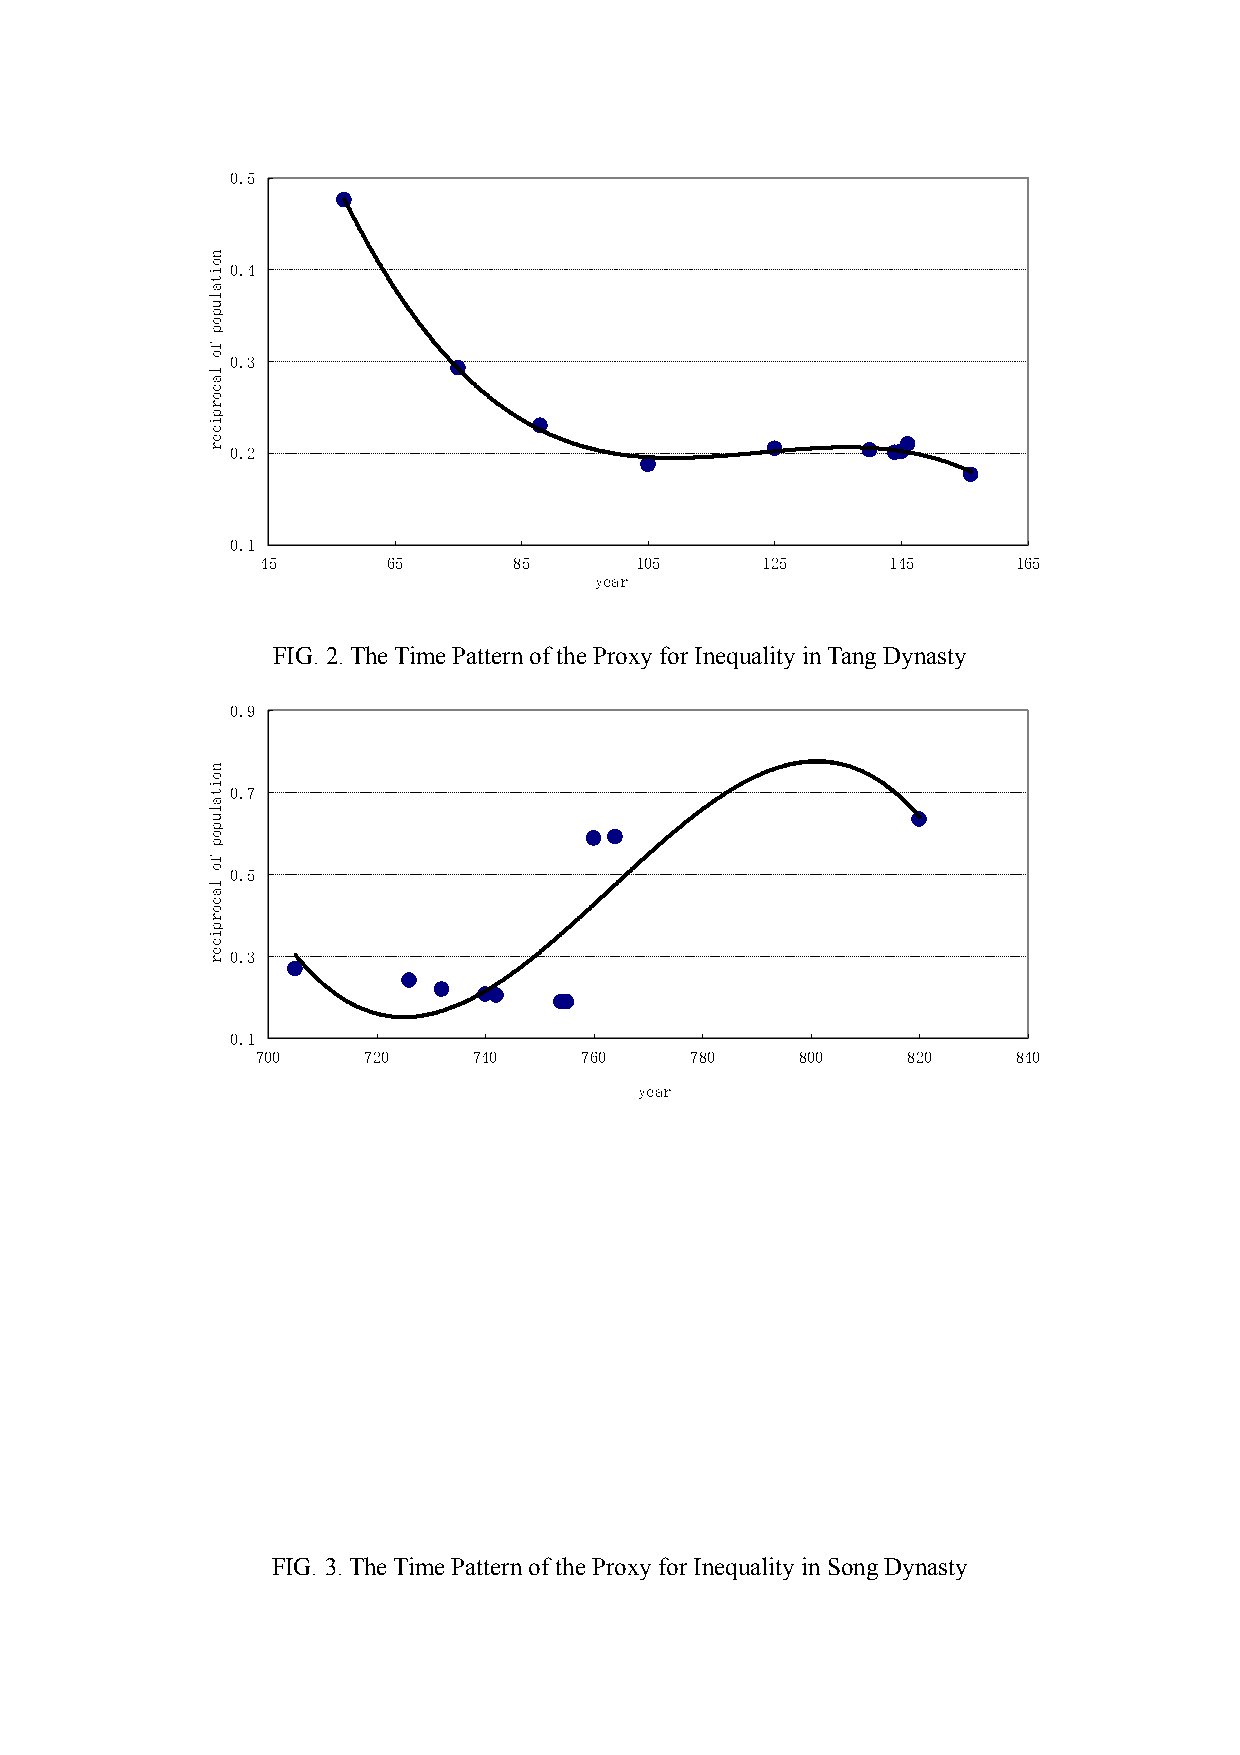
0.5
 0.4
 0.3
 0.2
 0.1
 45       65      85      105     125      145     165
 year
 FIG. 2. The Time Pattern of the Proxy for Inequality in Tang Dynasty
 0.9
 0.7
 0.5
 0.3
 0.1
 700    720    740    760     780    800    820    840
 year
 FIG. 3. The Time Pattern of the Proxy for Inequality in Song Dynasty
 noitalupop
 fo
 lacorpicer
 noitalupop
 fo
 lacorpicer